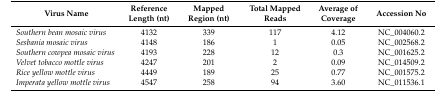
<table><thead><tr><td><b>Virus Name</b></td><td><b>Reference Length (nt)</b></td><td><b>Mapped Region (nt)</b></td><td><b>Total Mapped Reads</b></td><td><b>Average of Coverage</b></td><td><b>Accession No</b></td></tr></thead><tbody><tr><td><i>Southern bean mosaic virus</i></td><td>4132</td><td>339</td><td>117</td><td>4.12</td><td>NC_004060.2</td></tr><tr><td><i>Sesbania mosaic virus</i></td><td>4148</td><td>186</td><td>1</td><td>0.05</td><td>NC_002568.2</td></tr><tr><td><i>Southern cowpea mosaic virus</i></td><td>4193</td><td>228</td><td>12</td><td>0.3</td><td>NC_001625.2</td></tr><tr><td><i>Velvet tobacco mottle virus</i></td><td>4247</td><td>201</td><td>2</td><td>0.09</td><td>NC_014509.2</td></tr><tr><td><i>Rice yellow mottle virus</i></td><td>4449</td><td>189</td><td>25</td><td>0.77</td><td>NC_001575.2</td></tr><tr><td><i>Imperata yellow mottle virus</i></td><td>4547</td><td>258</td><td>94</td><td>3.60</td><td>NC_011536.1</td></tr></tbody></table>